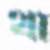
থা